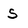
Character: S